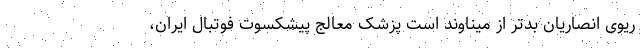
ریوی انصاریان بدتر از میناوند است پزشک معالج پیشکسوت فوتبال ایران،